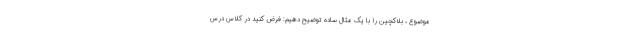
موضوع ، بلاکچین را با یک مثال ساده توضیح دهیم: فرض کنید در کلاس درس